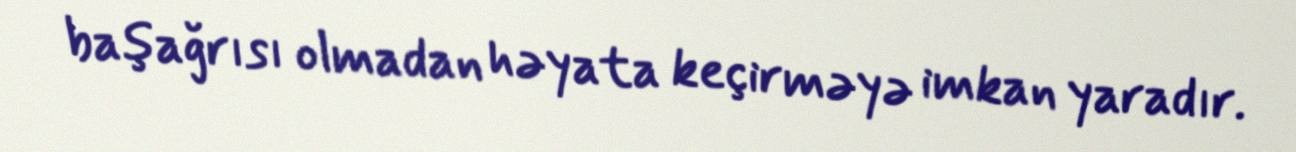
başağrısı olmadan həyata keçirməyə imkan yaradır.